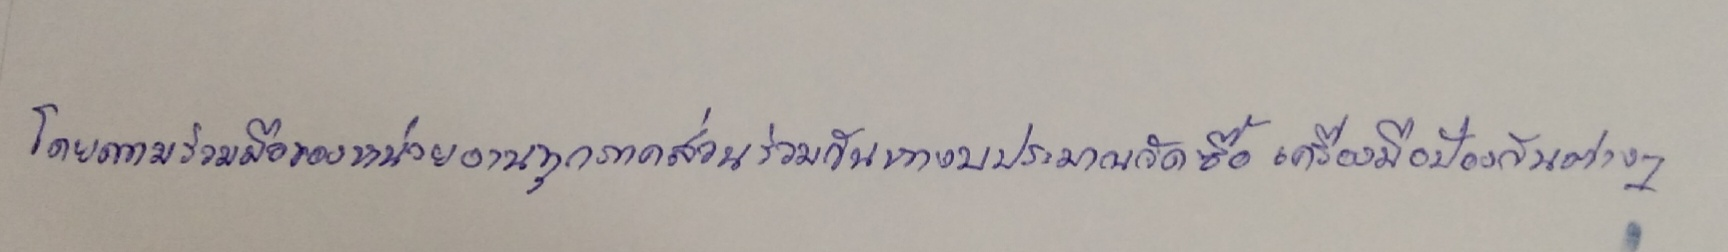
โดยขอความร่วมมือจากหน่วยงานทุกภาคส่วนร่วมกันหางบประมาณจัดซื้อเครื่องมือป้องกันต่างๆ